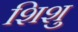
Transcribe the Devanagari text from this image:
शिशु